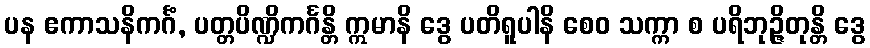
ပန ဧကာသနိကင်္ဂံ, ပတ္တပိဏ္ဍိကင်္ဂန္တိ ဣမာနိ ဒွေ ပတိရူပါနိ စေဝ သက္ကာ စ ပရိဘုဉ္ဇိတုန္တိ ဒွေ